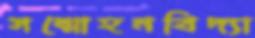
সম্মোহনবিদ্যা